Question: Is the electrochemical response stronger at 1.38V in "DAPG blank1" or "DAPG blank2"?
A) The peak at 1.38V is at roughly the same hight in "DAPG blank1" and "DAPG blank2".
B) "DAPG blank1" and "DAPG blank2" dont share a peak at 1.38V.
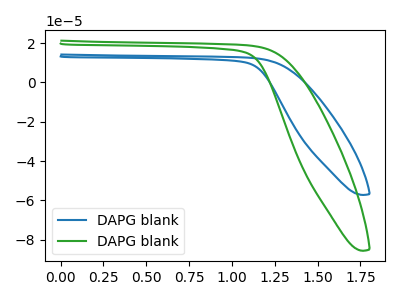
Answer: <think>The blue curve "DAPG blank1" has no peaks. The green curve "DAPG blank2" has no peaks.</think>
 <answer>B) "DAPG blank1" and "DAPG blank2" dont share a peak at 1.38V.</answer>
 <eval>B</eval>